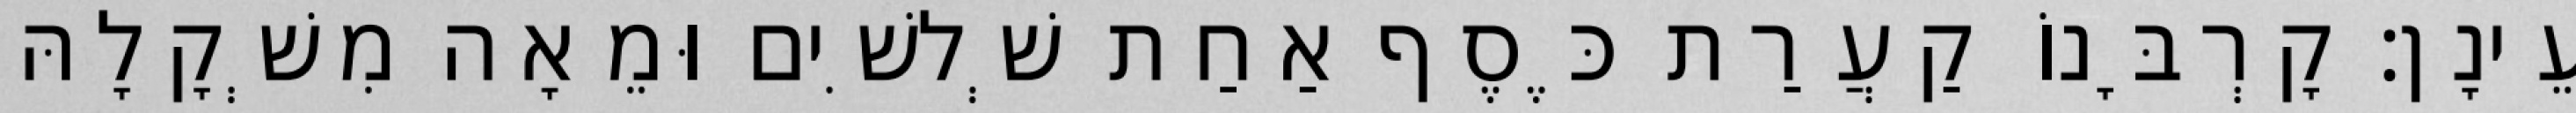
עֵינָן׃ קָרְבָּנוֹ קַעֲרַת כֶּסֶף אַחַת שְׁלשִׁים וּמֵאָה מִשְׁקָלָהּ